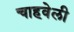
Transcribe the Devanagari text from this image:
चाहवेली